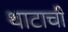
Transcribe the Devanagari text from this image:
थाटाची